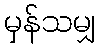
မှန်သမျှ